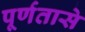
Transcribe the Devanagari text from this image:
पूर्णतासे